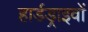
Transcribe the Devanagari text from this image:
हार्डड्राइवों